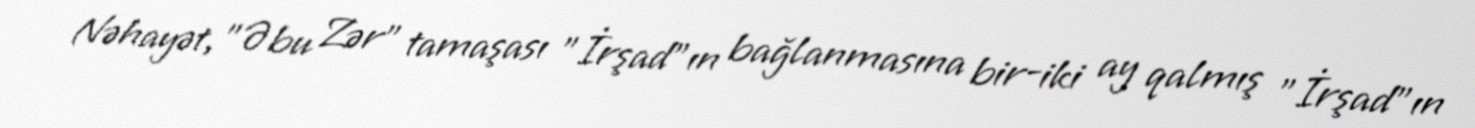
Nəhayət, "Əbu Zər" tamaşası "İrşad"ın bağlanmasına bir-iki ay qalmış "İrşad"ın